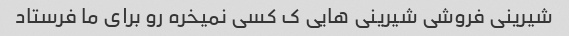
شیرینی فروشی شیرینی هایی ک کسی نمیخره رو برای ما فرستاد